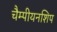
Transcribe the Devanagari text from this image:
चैम्पीयनशिप